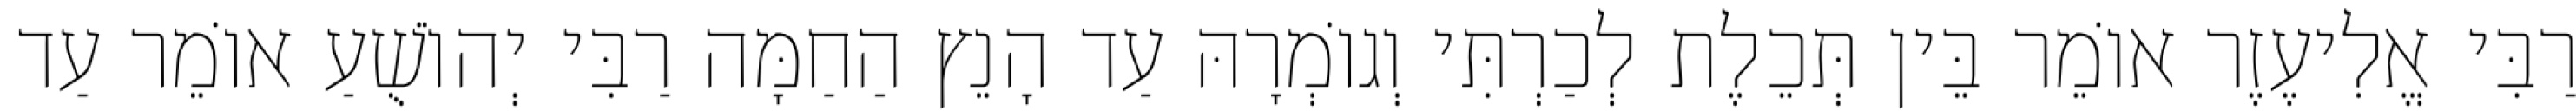
רַבִּי אֱלִיעֶזֶר אוֹמֵר בֵּין תְּכֵלֶת לְכַרְתִּי וְגוֹמְרָהּ עַד הָנֵץ הַחַמָּה רַבִּי יְהוֹשֻׁעַ אוֹמֵר עַד